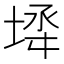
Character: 𡍅